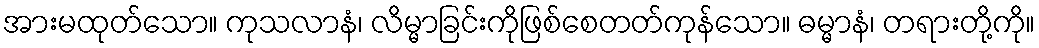
အားမထုတ်သော။ ကုသလာနံ၊ လိမ္မာခြင်းကိုဖြစ်စေတတ်ကုန်သော။ ဓမ္မာနံ၊ တရားတို့ကို။